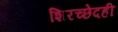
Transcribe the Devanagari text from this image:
शिरच्छेदही